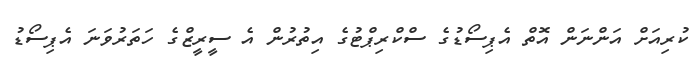
ކުރިއަށް އަންނަން އޮތް އެޕިސޯޑުގެ ސްކްރިޕްޓުގެ އިތުރުން އެ ސީރީޒްގެ ހަތަރުވަނަ އެޕިސޯޑު